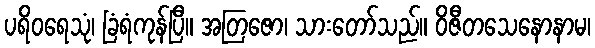
ပရိဝရေသုံ၊ ခြံရံကုန်ပြီ။ အတြဇော၊ သားတော်သည်။ ဝိဇီတသေနောနာမ၊